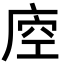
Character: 𢈵